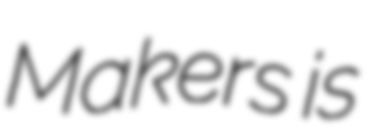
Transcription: Makers is